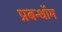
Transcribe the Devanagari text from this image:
प्रबन्धॉम